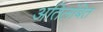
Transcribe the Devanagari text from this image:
अतिलंबित